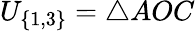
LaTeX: U_{\{ 1,3\} }=\triangle AOC